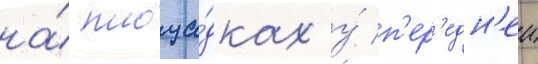
на́ площа́дках у́ п'ер'едн'еи